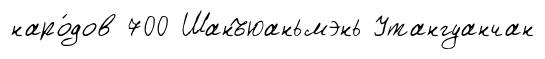
наро́дов 700 Шанъюаньмэнь Утангуанчан